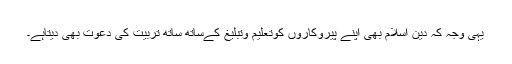
یہی وجہ کہ دینِ اسلام بھی اپنے پیروکاروں کوتعلیم وتبلیغ کےساتھ ساتھ تربیّت کی دعوت بھی دیتاہے۔